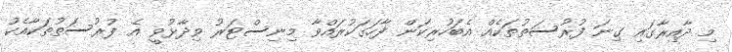
މި ދާއިރާގައި ގިނަ ފުރުސަތުތަކެއް އެބަހުރިކަން ފާހަގަކުރައްވާ މިނިސްޓަރު ވިދާޅުވީ އެ ފުރުސަތުތަކާއެކު